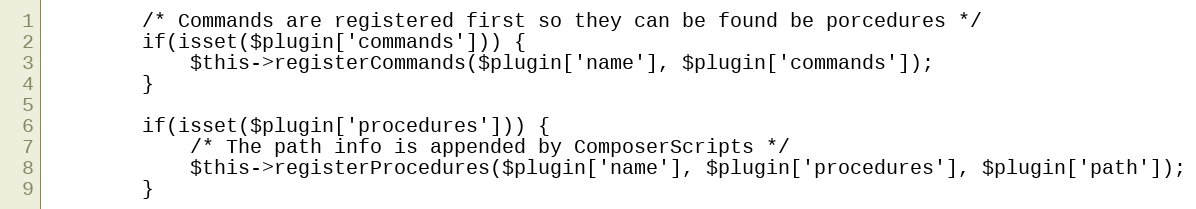
Language: PHP
        /* Commands are registered first so they can be found be porcedures */
        if(isset($plugin['commands'])) {
            $this->registerCommands($plugin['name'], $plugin['commands']);
        }

        if(isset($plugin['procedures'])) {
            /* The path info is appended by ComposerScripts */
            $this->registerProcedures($plugin['name'], $plugin['procedures'], $plugin['path']);
        }